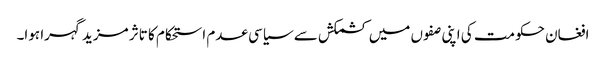
افغان حکومت کی اپنی صفوں میں کشمکش سے سیاسی عدم استحکام کا تاثر مزید گہرا ہوا۔